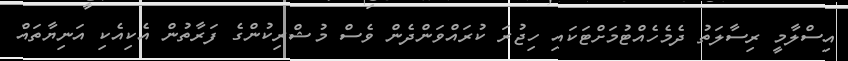
އިސްލާމީ ރިސާލަތު ދެމެހެއްޓުމަށްޓަކައި ހިޖުރަ ކުރައްވަންދެން ވެސް މުޝްރިކުންގެ ފަރާތުން އެކިއެކި އަނިޔާތައް